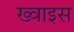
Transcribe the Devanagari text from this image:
ख्वाइस